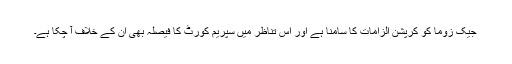
جیک زوما کو کرپشن الزامات کا سامنا ہے اور اس تناظر میں سپریم کورٹ کا فیصلہ بھی اُن کے خلاف آ چکا ہے۔